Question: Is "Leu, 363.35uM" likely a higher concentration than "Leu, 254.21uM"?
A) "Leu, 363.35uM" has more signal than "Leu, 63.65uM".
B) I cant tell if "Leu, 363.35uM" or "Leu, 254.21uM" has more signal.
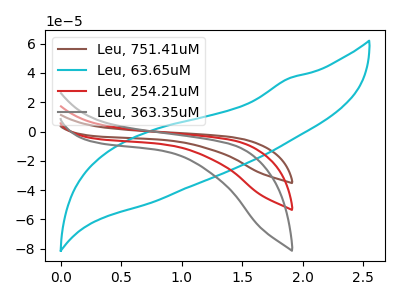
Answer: <think>The brown curve "Leu, 751.41uM" has no peaks. The cyan curve "Leu, 63.65uM" has no peaks. The red curve "Leu, 254.21uM" has no peaks. The gray curve "Leu, 363.35uM" has no peaks.
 Neither "Leu, 363.35uM" or "Leu, 254.21uM" have any peaks.</think>
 <answer>B) I cant tell if "Leu, 363.35uM" or "Leu, 254.21uM" has more signal.</answer>
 <eval>B</eval>